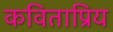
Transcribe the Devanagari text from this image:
कविताप्रिय